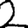
Digit: 2